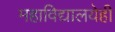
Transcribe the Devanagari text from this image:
महाविद्यालयेही